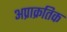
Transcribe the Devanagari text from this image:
अप्राक्रतिक